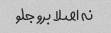
نه اصلا برو جلو